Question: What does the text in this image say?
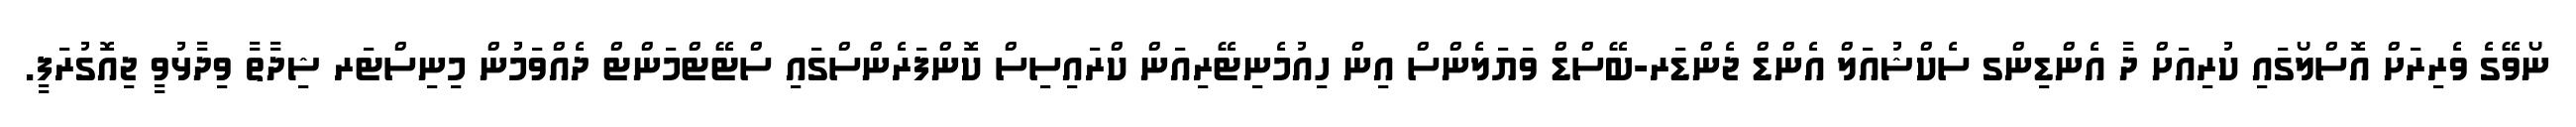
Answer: ނޯވޭގެ ވެރިރަށް އޮސްލޯގައި ކުރިއަށް ދާ އެންޑިންގ ސެކްޝުއަލް އެންޑް ޖެންޑަރ-ބޭސްޑް ވަޔަލެންސް އިން ހިއުމެނިޓޭރިއަން ކްރައިސިސް ކޮންފަރެންސްގައި ސްޓޭޓްމަންޓް ދެއްވަމުން މިނިސްޓަރ ޝިދާތާ ވިދާޅުވީ ޖިއޮގުރަފީ.